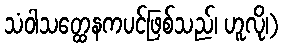
သံဝါသတ္ထေနကပင်ဖြစ်သည်၊ ဟူလို၊)